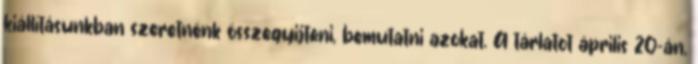
kiállításunkban szeretnénk összegyıjteni, bemutatni azokat. A tárlatot április 20-án,